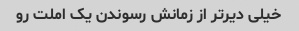
خیلی دیرتر از زمانش رسوندن یک املت رو